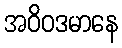
အဝိဝဒမာနေ